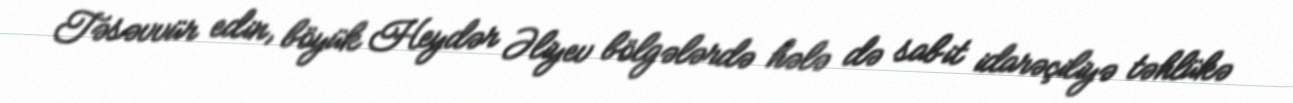
Təsəvvür edin, böyük Heydər Əliyev bölgələrdə hələ də sabit idarəçiliyə təhlükə